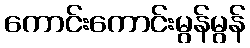
ကောင်းကောင်းမွန်မွန်